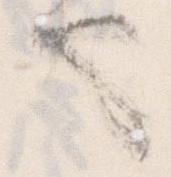
也